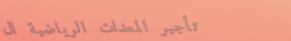
تأجير المعدات الرياضية ال